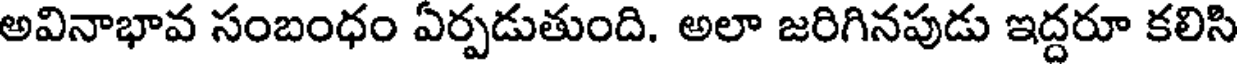
అవినాభావ సంబంధం ఏర్పడుతుంది. అలా జరిగినపుడు ఇద్దరూ కలిసి